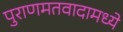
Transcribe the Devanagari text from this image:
पुराणमतवादामध्ये